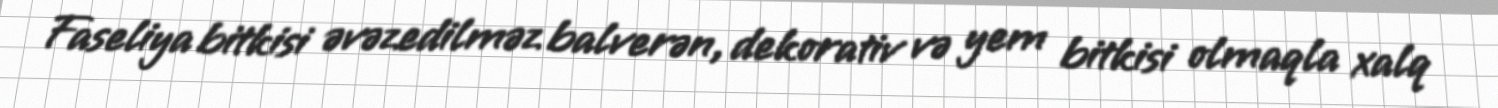
Faseliya bitkisi əvəzedilməz balverən, dekorativ və yem bitkisi olmaqla xalq